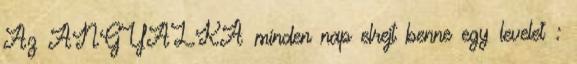
Az ANGYALKA minden nap elrejt benne egy levelet :